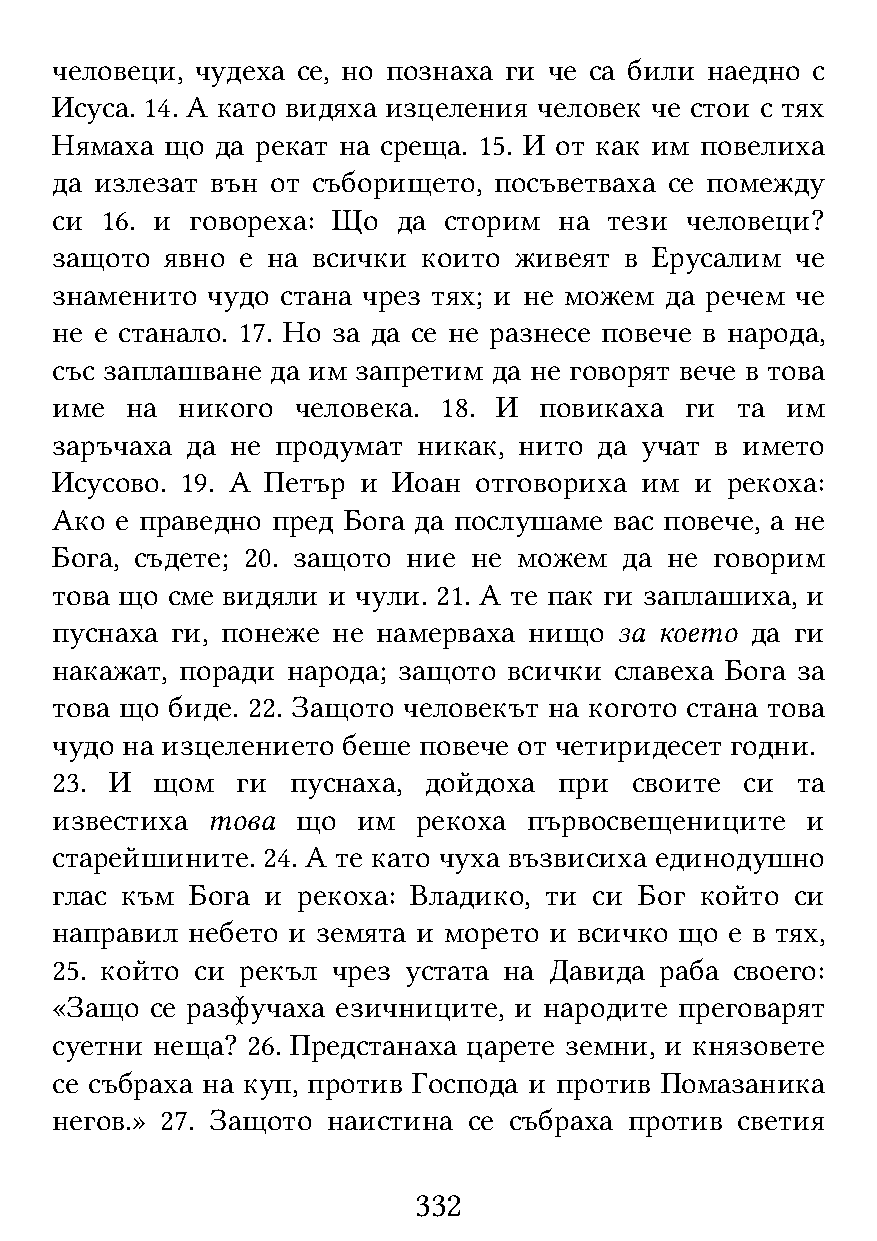
человеци, чудеха се, но познаха ги че са били наедно с
 Исуса. 14. А като видяха изцеления человек че стои с тях
 Нямаха  що да рекат на среща. 15. И от как им повелиха
 да излезат вън от съборището, посъветваха се помежду
 си  16. и говореха: Що да сторим  на тези человеци?
 защото  явно е на всички които живеят в Ерусалим  че
 знаменито  чудо стана чрез тях; и не можем да речем че
 не е станало. 17. Но за да се не разнесе повече в народа,
 със заплашване да им запретим да не говорят вече в това
 име  на  никого  человека. 18. И повикаха ги  та им
 заръчаха да не продумат  никак, нито да учат в името
 Исусово. 19. А Петър и Иоан отговориха им  и рекоха:
 Ако  е праведно пред Бога да послушаме вас повече, а не
 Бога, съдете; 20. защото ние не можем да не говорим
 това що сме видяли и чули. 21. А те пак ги заплашиха, и
 пуснаха ги, понеже не намерваха нищо  за което да ги
 накажат, поради народа; защото всички славеха Бога за
 това що биде. 22. Защото человекът на когото стана това
 чудо на изцелението беше повече от четиридесет годни.
 23. И  щом   ги пуснаха, дойдоха  при  своите си  та
 известиха  това  що  им  рекоха първосвещениците  и
 старейшините. 24. А те като чуха възвисиха единодушно
 глас към  Бога и рекоха: Владико, ти си Бог който си
 направил небето и земята и морето и всичко що е в тях,
 25. който си рекъл чрез устата на Давида раба своего:
 «Защо  се разфучаха езичниците, и народите преговарят
 суетни неща? 26. Предстанаха царете земни, и князовете
 се събраха на куп, против Господа и против Помазаника
 негов.» 27. Защото наистина се събраха против светия
 332